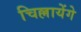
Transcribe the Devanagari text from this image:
चिल्लायेंगे